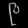
Digit: ၉